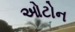
ઓટોન